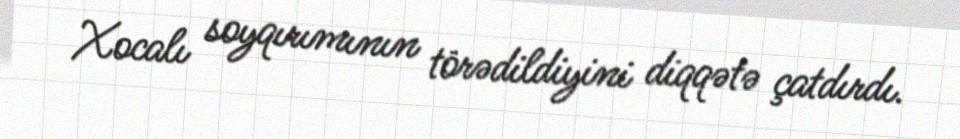
Xocalı soyqırımının törədildiyini diqqətə çatdırdı.